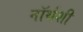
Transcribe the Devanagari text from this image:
नॉर्थशी